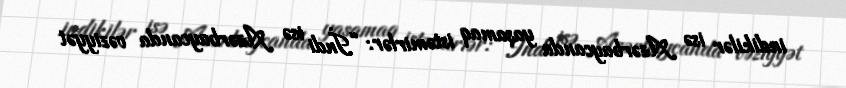
indikilər isə Azərbaycanda yaşamaq istəmirlər: “İndi isə Azərbaycanda vəziyyət